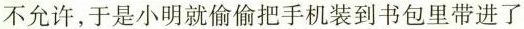
不允许，于是小明就偷偷把手机装到书包里带进了